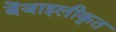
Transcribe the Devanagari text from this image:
बेंजाइलीकृत